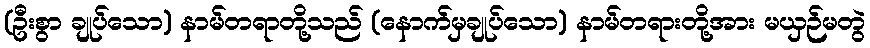
(ဦးစွာ ချုပ်သော) နာမ်တရာတို့သည် (နောက်မှချုပ်သော) နာမ်တရားတို့အား မယှဉ်မတွဲ